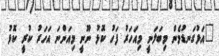
"އަޅުގަނޑުމެން މިބަލަނީ މިއަހަރު ފަހު ކޮޅު ނޫނީ މިއަންނަ އަހަރު ކުރީ ކޮޅު